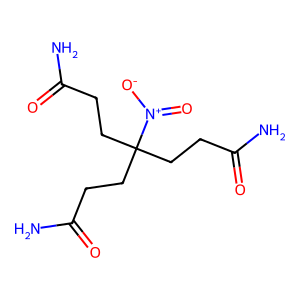
SMILES: NC(=O)CCC(CCC(N)=O)(CCC(N)=O)[N+](=O)[O-]
Inhibits HIV replication: No